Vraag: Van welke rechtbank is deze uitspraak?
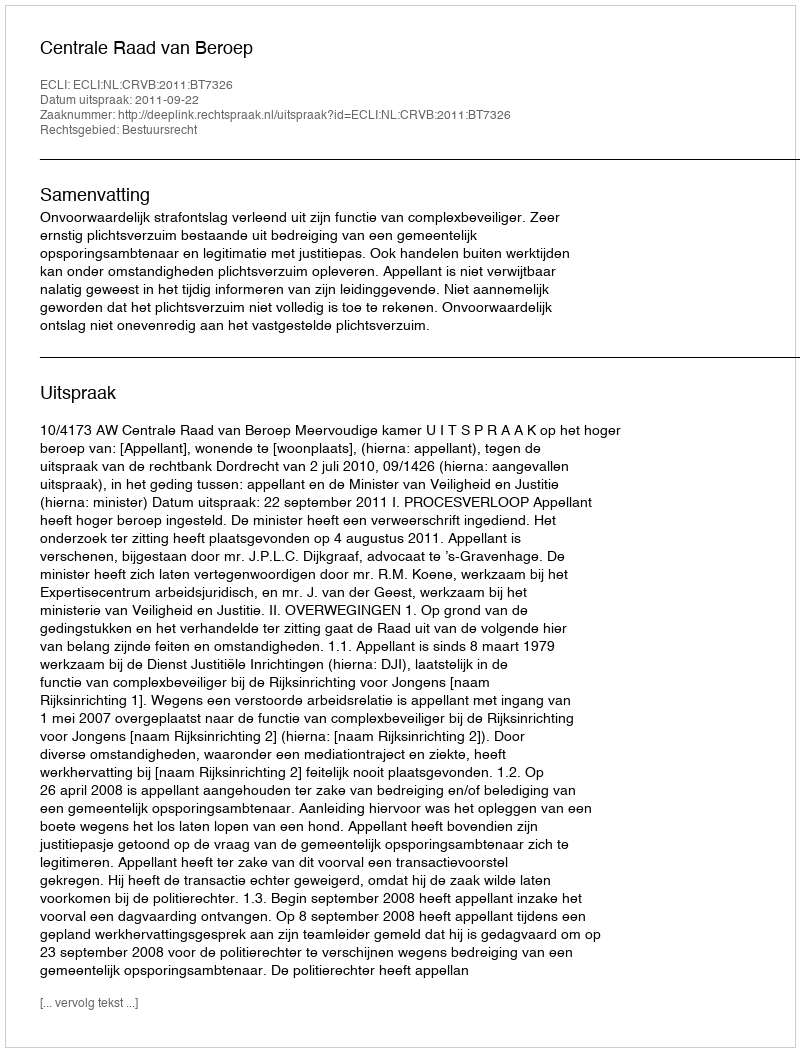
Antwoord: Centrale Raad van Beroep